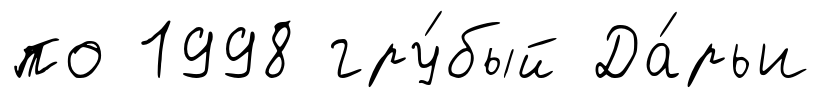
по 1998 гру́бый Да́рьи